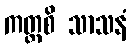
ကတ္ထစိ သာသနံ